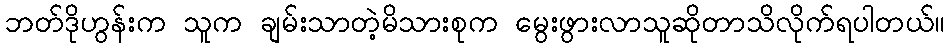
ဘတ်ဒိုဟွန်းက သူက ချမ်းသာတဲ့မိသားစုက မွေးဖွားလာသူဆိုတာသိလိုက်ရပါတယ်။